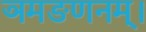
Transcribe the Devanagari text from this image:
ञमङणनम्।